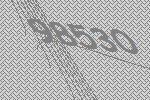
98530